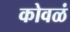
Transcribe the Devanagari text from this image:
कोवळं